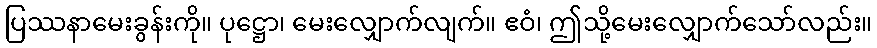
ပြဿနာမေးခွန်းကို။ ပုဋ္ဌော၊ မေးလျှောက်လျက်။ ဧဝံ၊ ဤသို့မေးလျှောက်သော်လည်း။